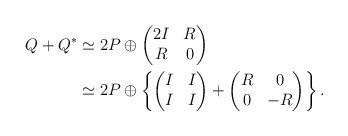
LaTeX: \begin{align*}Q+Q^*&\simeq 2P\oplus \begin{pmatrix} 2I& R \\ R&0\end{pmatrix} \\&\simeq 2P\oplus\left\{ \begin{pmatrix} I& I \\ I&I\end{pmatrix}+ \begin{pmatrix} R& 0 \\ 0&-R\end{pmatrix}\right\}.\end{align*}